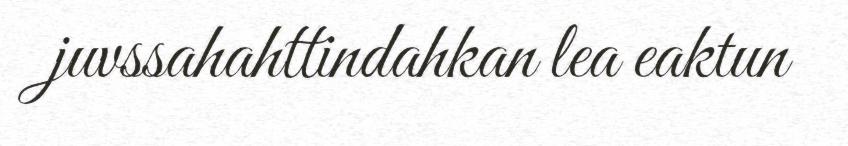
juvssahahttindahkan lea eaktun